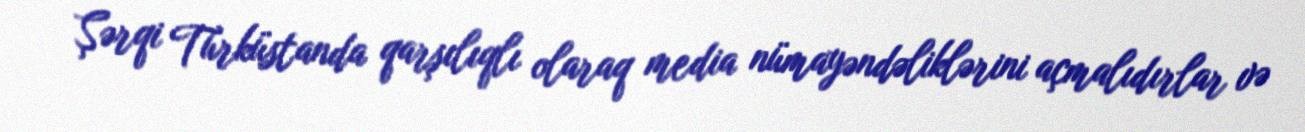
Şərqi Türküstanda qarşılıqlı olaraq media nümayəndəliklərini açmalıdırlar və